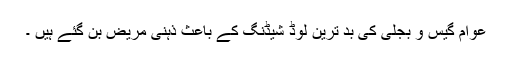
عوام گیس و بجلی کی بد ترین لوڈ شیڈنگ کے باعث ذہنی مریض بن گئے ہیں ۔